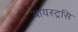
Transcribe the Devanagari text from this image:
वायस्ट्रसि